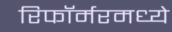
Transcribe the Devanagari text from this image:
रिफॉर्मरमध्ये